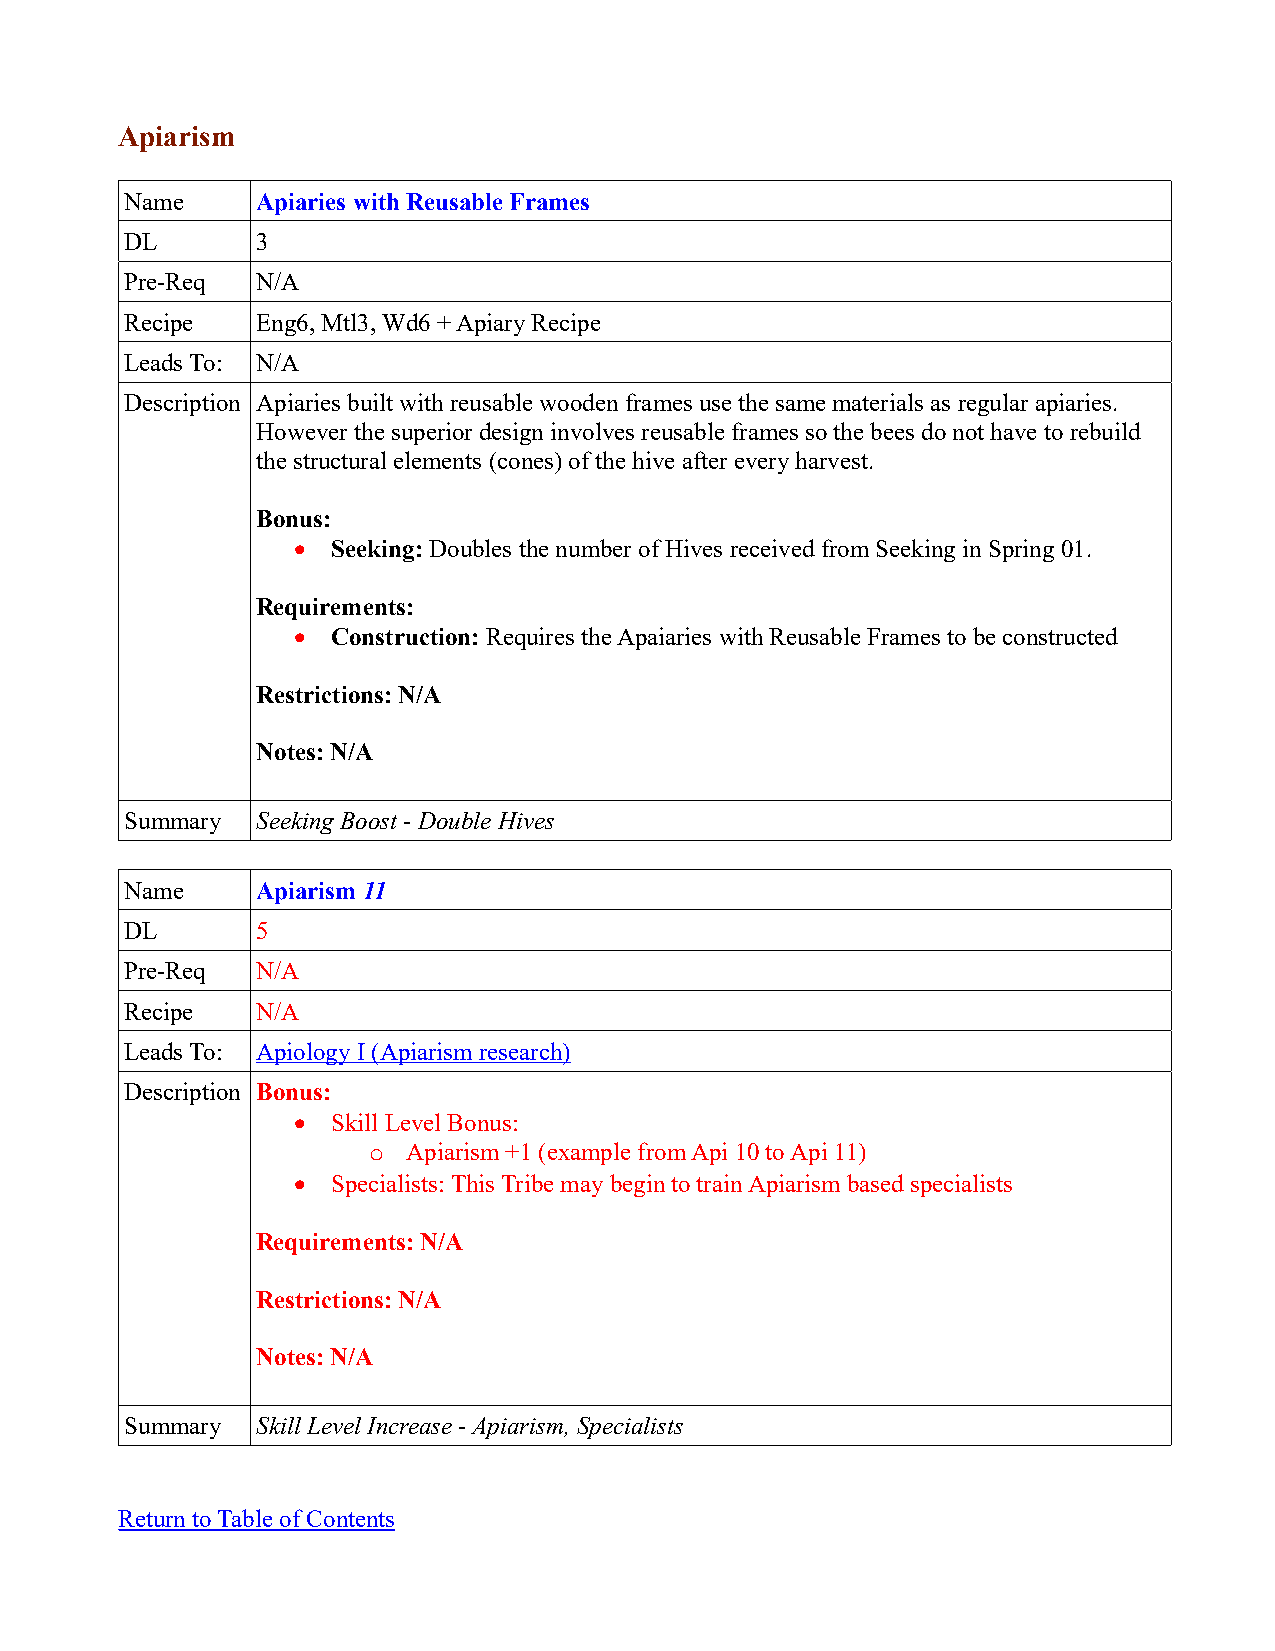
Apiarism
 Name     Apiaries with Reusable Frames
 DL       3
 Pre-Req  N/A
 Recipe   Eng6, Mtl3, Wd6 + Apiary Recipe
 Leads To: N/A
 Description Apiaries built with reusable wooden frames use the same materials as regular apiaries.
 However the superior design involves reusable frames so the bees do not have to rebuild
 the structural elements (cones) of the hive after every harvest.
 Bonus:
   Seeking: Doubles the number of Hives received from Seeking in Spring 01.
 Requirements:
   Construction: Requires the Apaiaries with Reusable Frames to be constructed
 Restrictions: N/A
 Notes: N/A
 Summary  Seeking Boost - Double Hives
 Name     Apiarism 11
 DL       5
 Pre-Req  N/A
 Recipe   N/A
 Leads To: Apiology I (Apiarism research)
 Description Bonus:
   Skill Level Bonus:
 o  Apiarism +1 (example from Api 10 to Api 11)
   Specialists: This Tribe may begin to train Apiarism based specialists
 Requirements: N/A
 Restrictions: N/A
 Notes: N/A
 Summary  Skill Level Increase - Apiarism, Specialists
 Return to Table of Contents